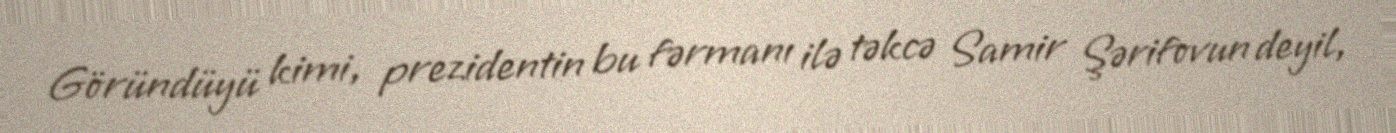
Göründüyü kimi, prezidentin bu fərmanı ilə təkcə Samir Şərifovun deyil,